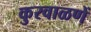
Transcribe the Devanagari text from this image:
कुरवाळणें